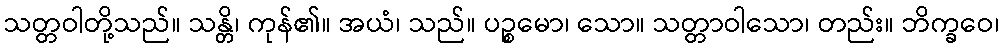
သတ္တဝါတို့သည်။ သန္တိ၊ ကုန်၏။ အယံ၊ သည်။ ပဉ္စမော၊ သော။ သတ္တာဝါသော၊ တည်း။ ဘိက္ခဝေ၊